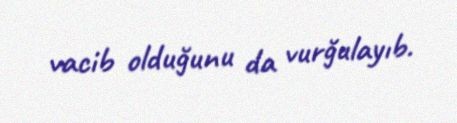
vacib olduğunu da vurğulayıb.